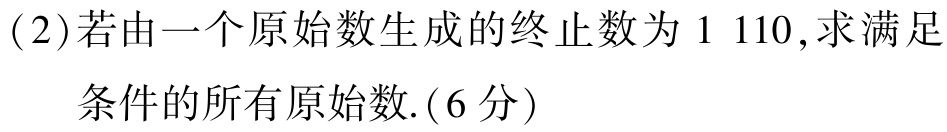
(2)若由一个原始数生成的终止数为$1\ 110$,求满足

条件的所有原始数.(6分)